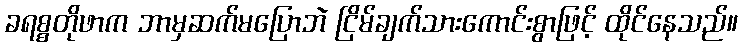
ခရစ္စတိုဖာက ဘာမှဆက်မပြောဘဲ ငြိမ်ချက်သားကောင်းစွာဖြင့် ထိုင်နေသည်။